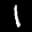
Label: 1